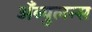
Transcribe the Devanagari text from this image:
अँब्युलन्स